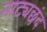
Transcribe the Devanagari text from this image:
नाट्यछंद